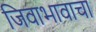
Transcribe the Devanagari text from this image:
जिवाभावाचा